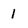
Character: 1